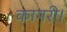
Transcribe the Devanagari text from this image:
कामरी।